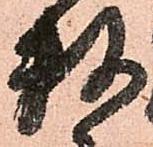
数